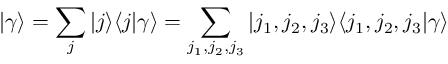
| \gamma \rangle = \sum _ { j } | j \rangle \langle j | \gamma \rangle = \sum _ { j _ { 1 } , j _ { 2 } , j _ { 3 } } | j _ { 1 } , j _ { 2 } , j _ { 3 } \rangle \langle j _ { 1 } , j _ { 2 } , j _ { 3 } | \gamma \rangle